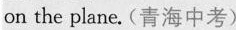
on the plane.(青海中考)